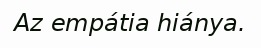
Az empátia hiánya.